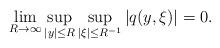
LaTeX: \begin{align*}\lim_{R \to \infty} \sup_{|y| \leq R} \sup_{|\xi| \leq R^{-1}} |q(y,\xi)| = 0. \end{align*}